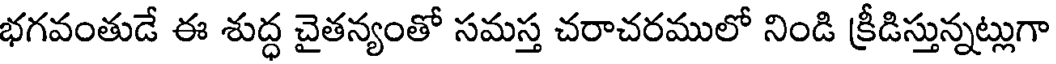
భగవంతుడే ఈ శుద్ధ చైతన్యంతో సమస్త చరాచరములో నిండి క్రీడిస్తున్నట్లుగా